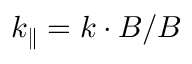
k _ { \parallel } = \boldsymbol { k } \cdot \boldsymbol { B } / B